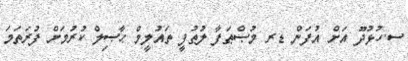
ސ.ހުޅުދޫ އަށް އުފަން ޑރ މުޞްޠަފާ ލުޠުފީ ތައުލީމް ޙާޞިލް ކުރުމަށް ފުރަތަމަ